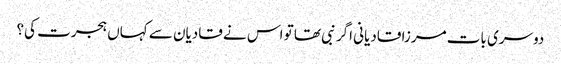
دوسری بات مرزا قادیانی اگر نبی تھا تو اس نے قادیان سے کہاں ہجرت کی؟